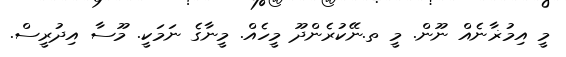
މީ އިމުޜާނެއް ނޫން. މީ ތ.ނޭކުރެންދޫ މީހެއް. މީނާގެ ނަމަކީ. މޫސާ އިދުރީސް.